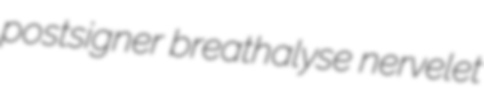
postsigner breathalyse nervelet